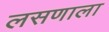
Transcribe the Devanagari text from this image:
लसणाला